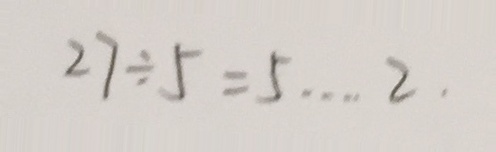
2 7 \div 5 = 5 \cdots 2 .